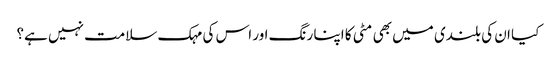
کیا ان کی بلندی میں بھی مٹی کا اپنا رنگ اور اس کی مہک سلامت نہیں ہے؟